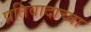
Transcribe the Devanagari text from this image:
प्रतिवादाच्या